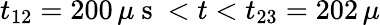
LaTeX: t_{12}=200\, \mu\mathrm{~s~}<t<t_{23}=202\, \mu